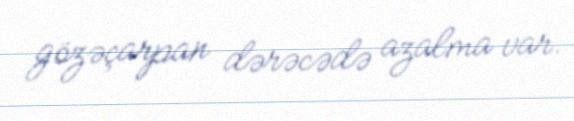
gözəçarpan dərəcədə azalma var.